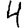
Digit: 4